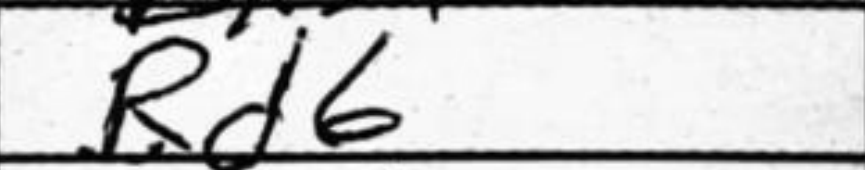
Transcription: Rd6